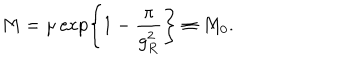
M = \mu \exp \left\{ 1 - \frac { \pi } { g _ { R } ^ { 2 } } \right\} \equiv M _ { 0 } .